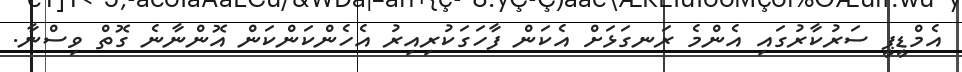
އެމްޑީޕީ ސަރުކާރުގައި އެންމެ ރަނގަޅަށް އެކަން ފާހަގަކުރިއިރު އެހެންކަންކަން އޮންނާނެ ގޮތް ވިސްނާ.